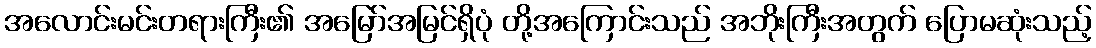
အလောင်းမင်းတရားကြီး၏ အမြော်အမြင်ရှိပုံ တို့အကြောင်းသည် အဘိုးကြီးအတွက် ပြောမဆုံးသည့်